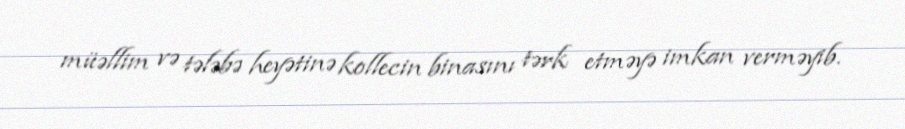
müəllim və tələbə heyətinə kollecin binasını tərk etməyə imkan verməyib.